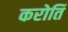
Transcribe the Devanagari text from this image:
करोतिं